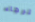
الرجاء